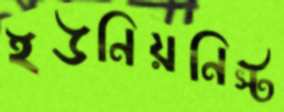
ইউনিয়নিস্ট